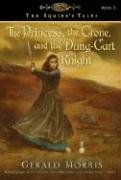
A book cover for The Princess, the Crone, and the Dung-Cart Knight (The Squire's Tales); Gerald Morris; Children's Books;